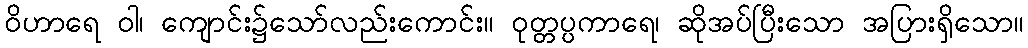
ဝိဟာရေ ဝါ၊ ကျောင်း၌သော်လည်းကောင်း။ ဝုတ္တပ္ပကာရေ၊ ဆိုအပ်ပြီးသော အပြားရှိသော။